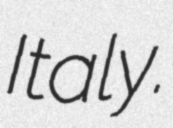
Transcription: Italy.